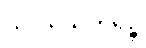
သပ္ပုရိသတရဉ္စ